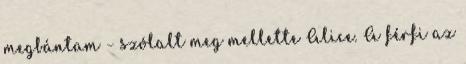
megbántam – szólalt meg mellette Alice. A férfi az